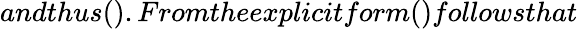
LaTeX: andthus().Fromtheexplicitform()followsthat